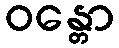
ဝန္တော